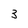
Character: 3